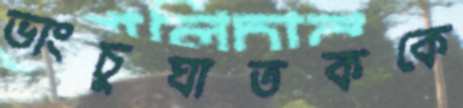
ভাংচুঘাতককে